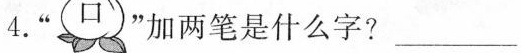
4.” 口”加两笔是什么字?___